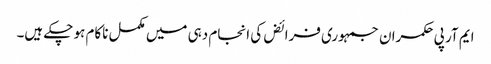
ایم آر پی	حکمران جمہوری فرائض کی انجام دہی میں مکمل ناکام ہو چکے ہیں۔